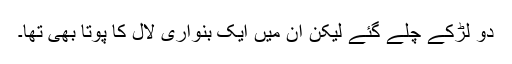
دو لڑکے چلے گئے لیکن ان میں ایک بنواری لال کا پوتا بھی تھا۔